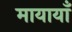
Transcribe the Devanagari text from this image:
मायायाँ